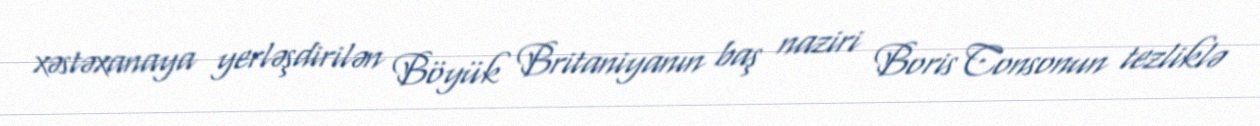
xəstəxanaya yerləşdirilən Böyük Britaniyanın baş naziri Boris Consonun tezliklə